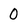
Character: 0